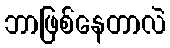
ဘာဖြစ်နေတာလဲ